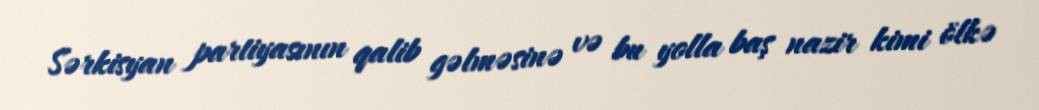
Sərkisyan partiyasının qalib gəlməsinə və bu yolla baş nazir kimi ölkə